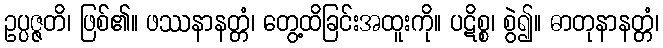
ဥပ္ပဇ္ဇတိ၊ ဖြစ်၏။ ဖဿနာနတ္တံ၊ တွေ့ထိခြင်းအထူးကို။ ပဋိစ္စ၊ စွဲ၍။ ဓာတုနာနတ္တံ၊